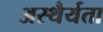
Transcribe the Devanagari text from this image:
अस्थैर्यता